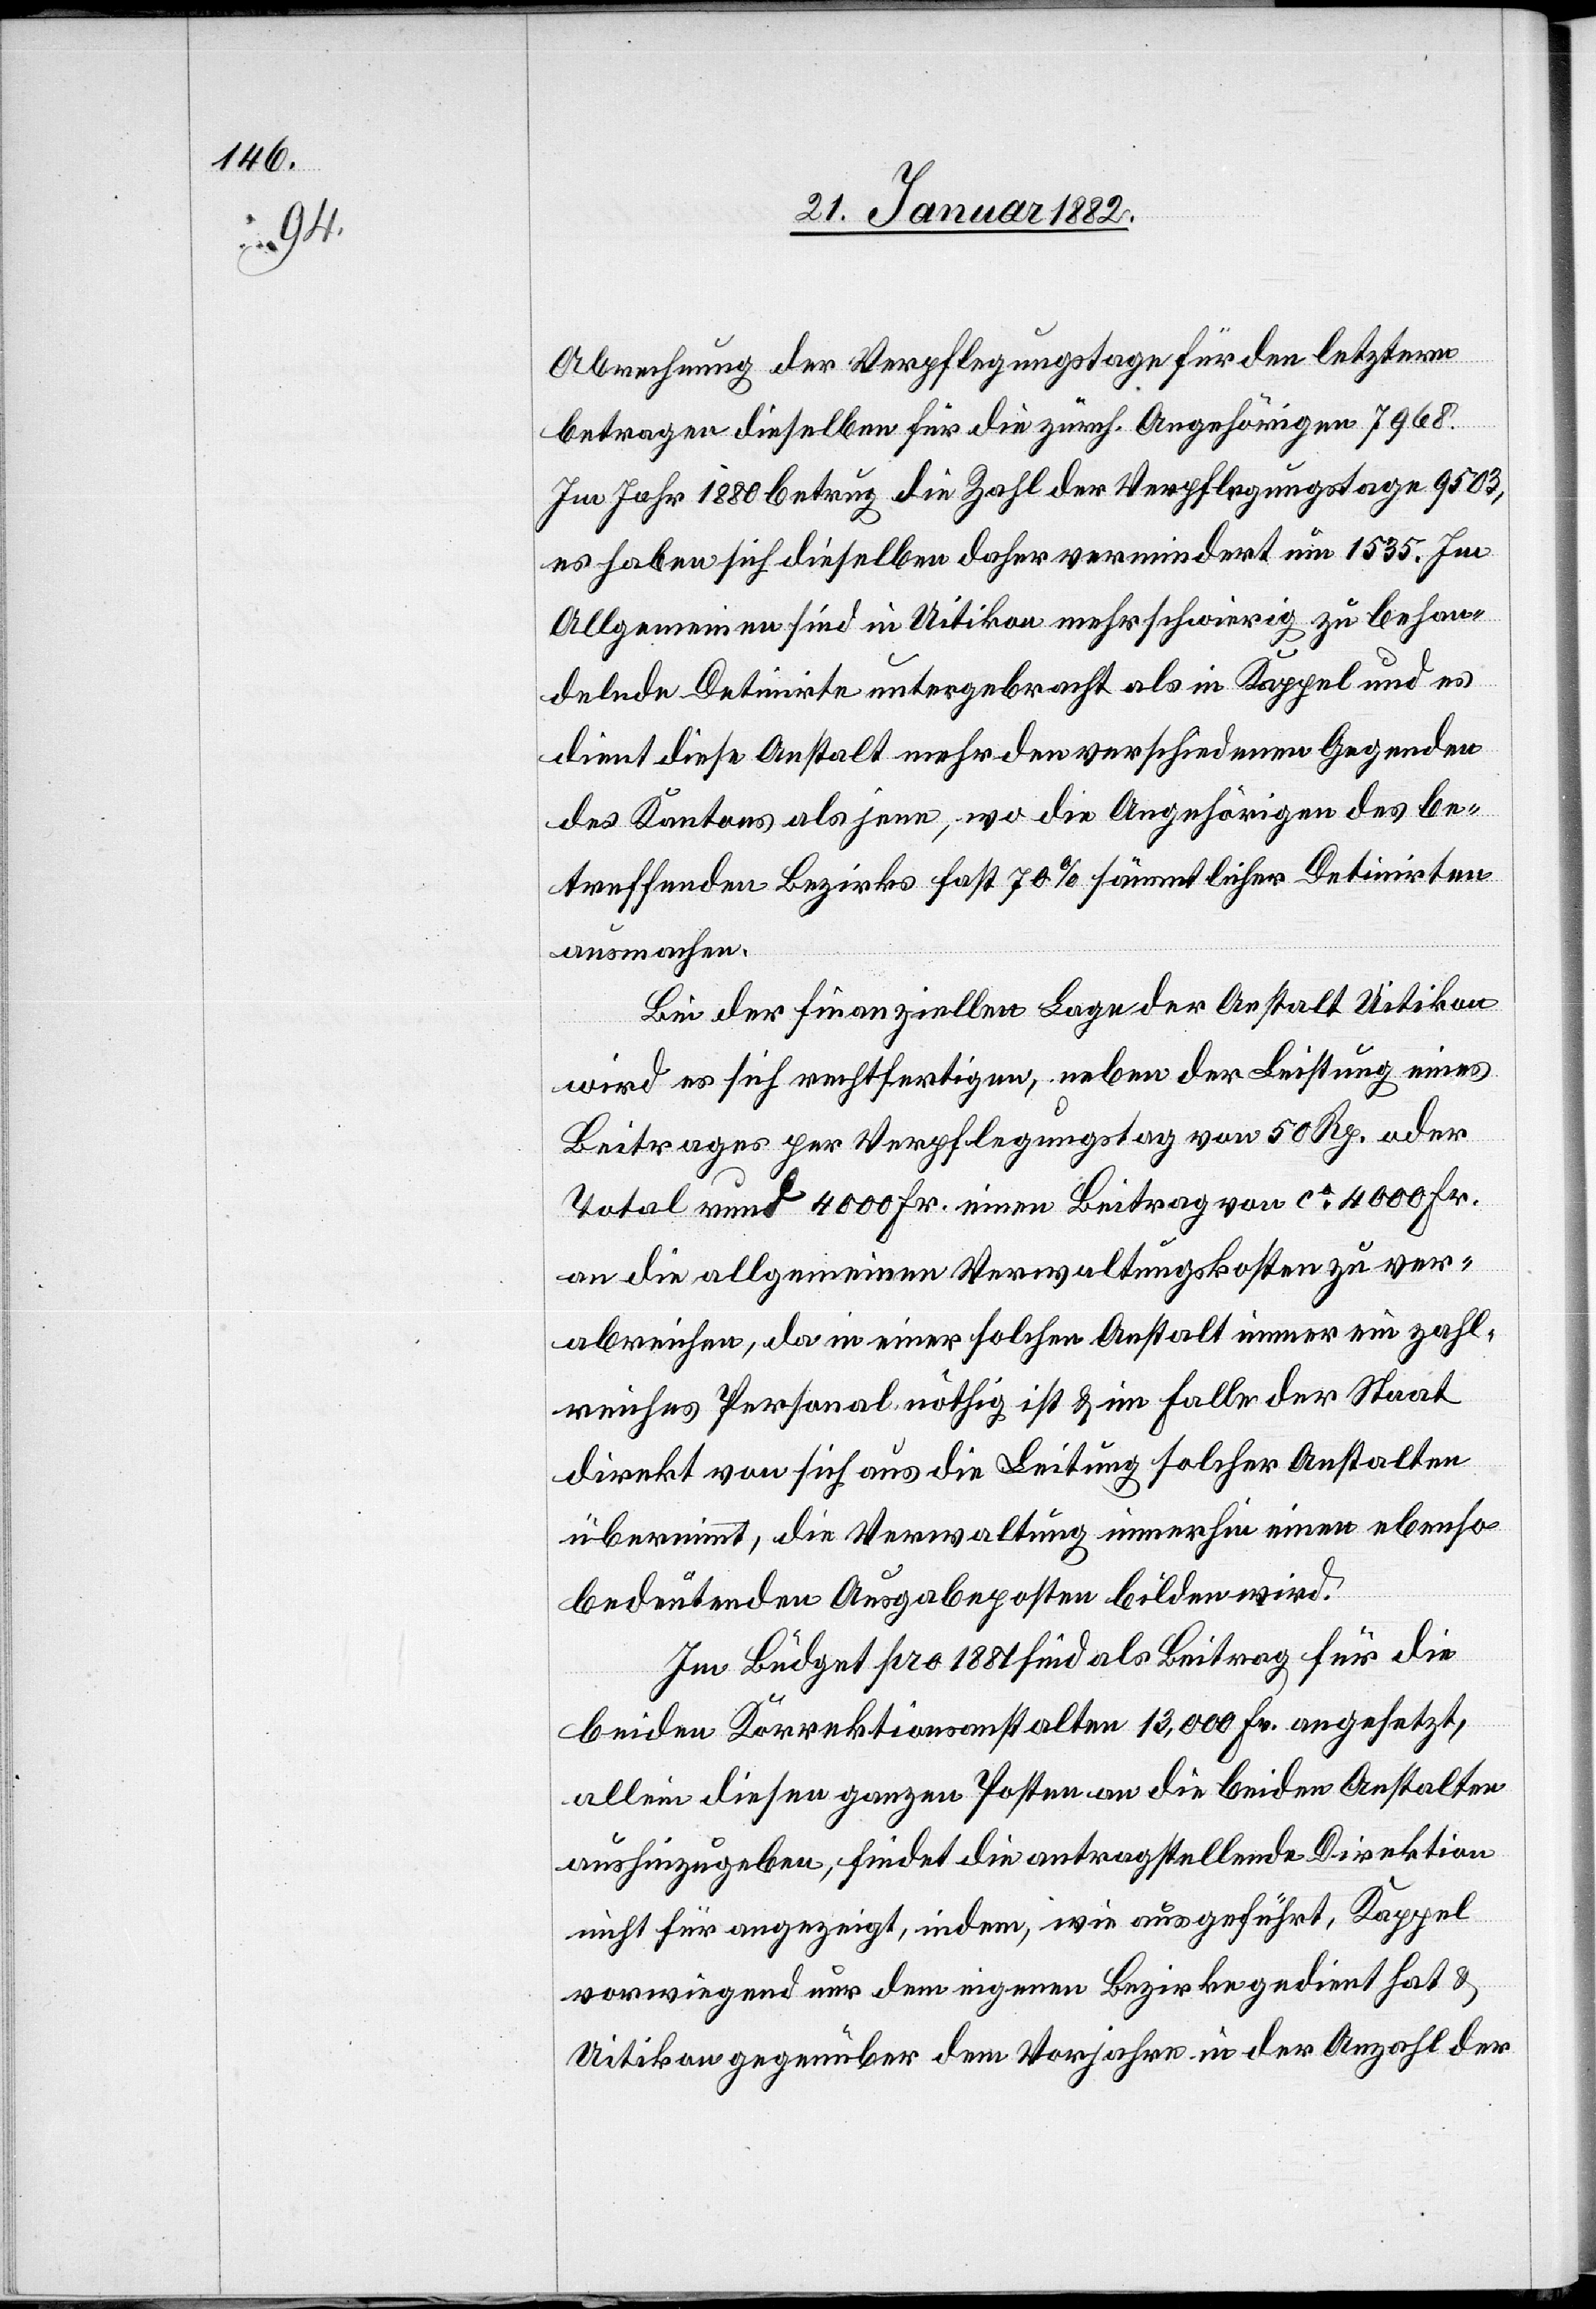
Abrechnung der Verpflegungstage für den letztern
betragen dieselben für die zürch. Angehörigen 7968.
Im Jahr 1880 betrug die Zahl der Verpflegungstage 9503,
es haben sich dieselben daher vermindert um 1535. Im
Allgemeinen sind in Uitikon mehr schwierig zu behan¬
delnde Detinirte untergebracht als in Kappel und es
dient diese Anstalt mehr den verschiedenen Gegenden
des Kantons als jene, wo die Angehörigen des be¬
treffenden Bezirks fast 70% sämmtlicher Detinirten
ausmachen.
Bei der finanziellen Lage der Anstalt Uitikon
wird es sich rechtfertigen, neben der Leistung eines
Beitrages per Verpflegungstag von 50 Rp. oder
Total rund 4000 Fr. einen Beitrag von ca 4000 Fr.
an die allgemeinen Verpflegungskosten zu ver¬
abreichen, da in einer solchen Anstalt immer ein zahl¬
reiches Personal nöthig ist & im Falle der Staat
direkt von sich aus die Leitung solcher Anstalten
übernimmt, die Verwaltung immerhin einen ebenso
bedeutenden Ausgabeposten bilden wird.
Im Budget pro 1881 sind als Beitrag für die
beiden Korrektionsanstalten 13,000 Fr. angesetzt,
allein diesen ganzen Posten an die beiden Anstalten
aushinzugeben, findet die antragsstellende Direktion
nicht für angezeigt, indem, wie ausgeführt, Kappel
vorwiegend nur dem eigenen Bezirke gedient hat &
Uitikon gegenüber dem Vorjahr in der Anzahl der